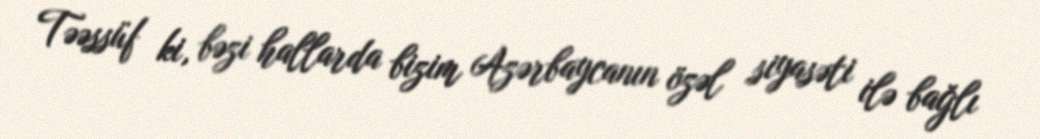
Təəssüf ki, bəzi hallarda bizim Azərbaycanın özəl siyasəti ilə bağlı